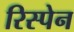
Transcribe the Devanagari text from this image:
रिस्पेन